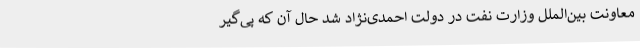
معاونت بین‌الملل وزارت نفت در دولت احمدی‌نژاد شد حال آن که پی‌گیر